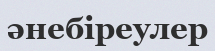
әнебіреулер